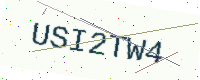
Text: USI2TW4